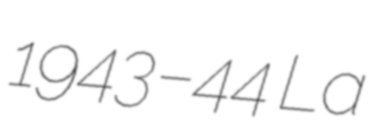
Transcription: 1943–44 La